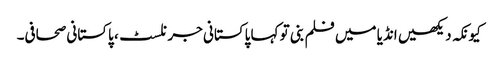
کیونکہ دیکھیں انڈیا میں فلم بنی تو کہا پاکستانی جرنلسٹ، پاکستانی صحافی۔